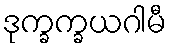
ဒုက္ခက္ခယဂါမီ